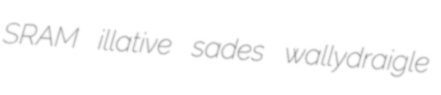
SRAM illative sades wallydraigle